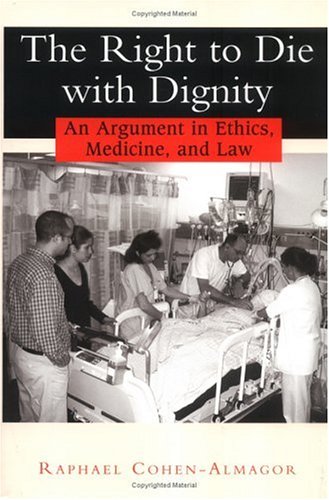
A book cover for The Right to Die with Dignity: An Argument in Ethics, Medicine, and Law; Raphael Cohen-Almagor; Law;